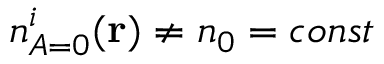
{ n _ { A = 0 } ^ { i } ( \mathbf { r } ) } \neq n _ { 0 } = { c o n s t }